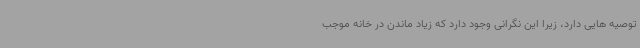
توصیه هایی دارد، زیرا این نگرانی وجود دارد که زیاد ماندن در خانه موجب